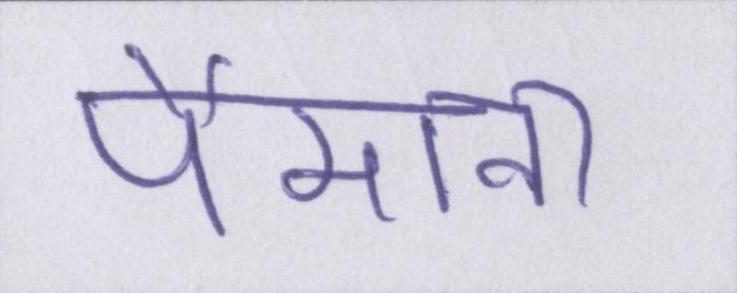
पैमाना